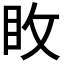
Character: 𭾢